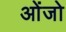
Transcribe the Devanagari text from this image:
ओंजो